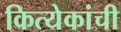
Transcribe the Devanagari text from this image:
कित्येकांची